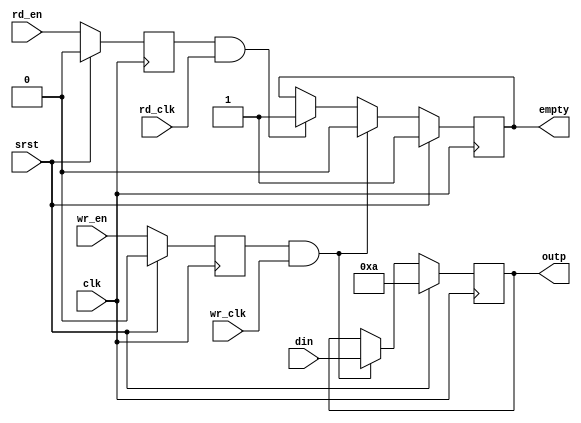
module OneStage(
		input 	     srst,
		input 	     clk, 

		input 	     wr_en,
		input 	     wr_clk,
		input [3:0]  din,

		output [3:0] outp,
		output 	     empty,
		input 	     rd_en,
		input 	     rd_clk
		);

   /*AUTOREG*/
   // Beginning of automatic regs (for this module's undeclared outputs)
   reg [3:0]		outp;
   reg			empty;
   reg 			rd_dly, wr_dly;
   // End of automatics
   /*AUTOWIRE*/
   always@(posedge clk) begin
      if (srst) begin
	 rd_dly <= 0;
	 wr_dly <= 0;
      end else begin
	 rd_dly <= rd_en;
	 wr_dly <= wr_en;
      end
   end
   always@(posedge clk) begin
      if (srst) begin
	 outp <= 4'ha;
	 empty <= 1;
      end else if(wr_dly & wr_clk) begin
	 outp <= din;
	 empty <= 0;
      end else if (rd_dly & rd_clk) begin
	 empty <= 1;
      end
   end

endmodule